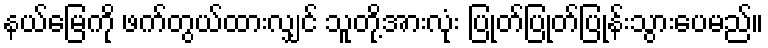
နယ်မြေကို ဖက်တွယ်ထားလျှင် သူတို့အားလုံး ပြုတ်ပြုတ်ပြုန်းသွားပေမည်။